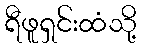
ရီဖူရှင်းထံသို့